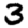
Digit: 3